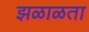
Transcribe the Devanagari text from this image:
झळाळता